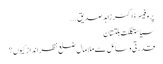
پروفیسر ڈاکٹر زاہدصدیق ...
سیاستگلگت بلتستان
قدرتی وسائل سے ملامال ضلع نظر انداز کیوں؟